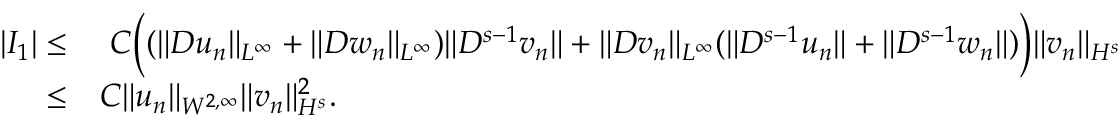
\begin{array} { r l } { | I _ { 1 } | \leq } & { \ C \Big ( ( \| D u _ { n } \| _ { L ^ { \infty } } + \| D w _ { n } \| _ { L ^ { \infty } } ) \| D ^ { s - 1 } v _ { n } \| + \| D v _ { n } \| _ { L ^ { \infty } } ( \| D ^ { s - 1 } u _ { n } \| + \| D ^ { s - 1 } w _ { n } \| ) \Big ) \| v _ { n } \| _ { H ^ { s } } } \\ { \leq } & { C \| u _ { n } \| _ { W ^ { 2 , \infty } } \| v _ { n } \| _ { H ^ { s } } ^ { 2 } . } \end{array}